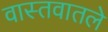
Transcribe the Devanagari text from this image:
वास्तवातले